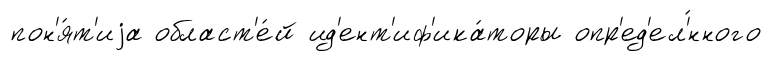
пон'я́т'иjа област'е́й ид'ент'иф'ика́торы опр'ед'ел'́нного